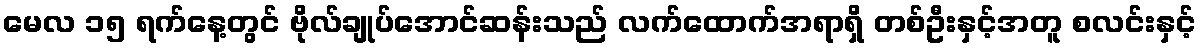
မေလ ၁၅ ရက်နေ့တွင် ဗိုလ်ချုပ်အောင်ဆန်းသည် လက်ထောက်အရာရှိ တစ်ဦးနှင့်အတူ စလင်းနှင့်